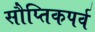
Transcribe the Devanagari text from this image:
सौप्तिकपर्व